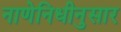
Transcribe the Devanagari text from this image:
नाणेनिधीनुसार